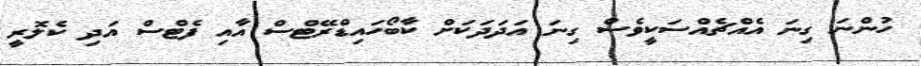
ހުންނަ ގިނަ އެއްޗެއްސަކީވެސް ގިނަ އަދަދަކަށް ކާބޯހައިޑްރޭޓްސް އާއި ފެޓްސް އަދި ކެލޮރީ